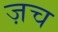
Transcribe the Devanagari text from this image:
ज़च